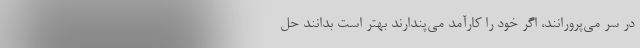
در سر می‌پرورانند، اگر خود را کارآمد می‌پندارند بهتر است بدانند حل